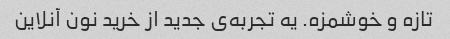
تازه و خوشمزه. یه تجربه‌ی جدید از خرید نون آنلاین